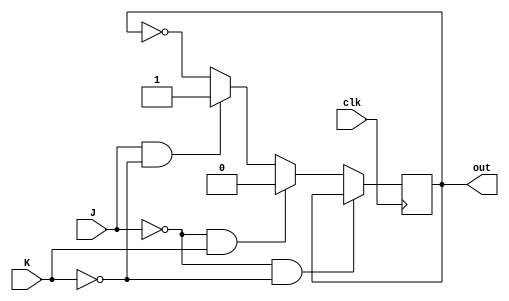
module JKFF(input J, K,
	    input clk,
	    output reg out);

always @ (posedge clk) begin
if(J == 0 && K == 0) 
	begin end
else if(J == 0 && K == 1) 
	begin out <= 1'b0; end
else if(J == 1 && K == 0) 
	begin out <= 1'b1; end
else 
	begin out <= ~out; end
end

endmodule